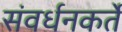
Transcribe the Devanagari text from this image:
संवर्धनकर्ते